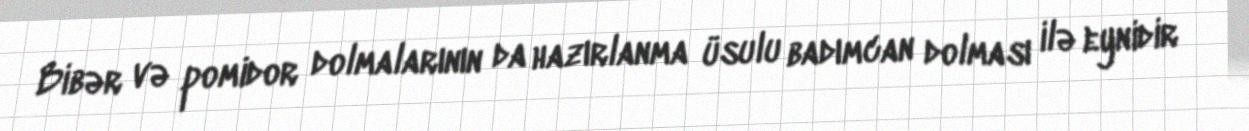
Bibər və pomidor dolmalarının da hazırlanma üsulu badımcan dolması ilə eynidir